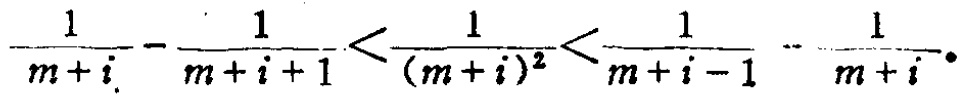
$\frac{1}{m + i}-\frac{1}{m + i + 1}<\frac{1}{(m + i)^2}<\frac{1}{m + i - 1}-\frac{1}{m + i}.$